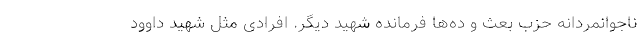
ناجوانمردانه حزب بعث و ده‌ها فرمانده شهید دیگر. افرادی مثل شهید داوود